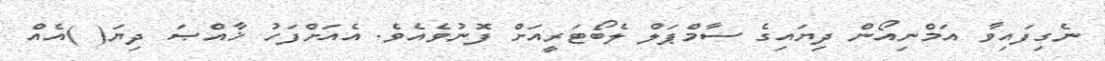
ނެގިފައިވާ އަމްނިއޯން ދިޔައިގެ ސާމްޕަލް ލެބޯޓަރީއަށް ފޮނުވެއެވެ. އެއަށްފަހު ޚާއްޞަ ދިޔަ( )އެއް